Indian journal of veterinary science and animal husbandry - Volume 7,
Year: 1937
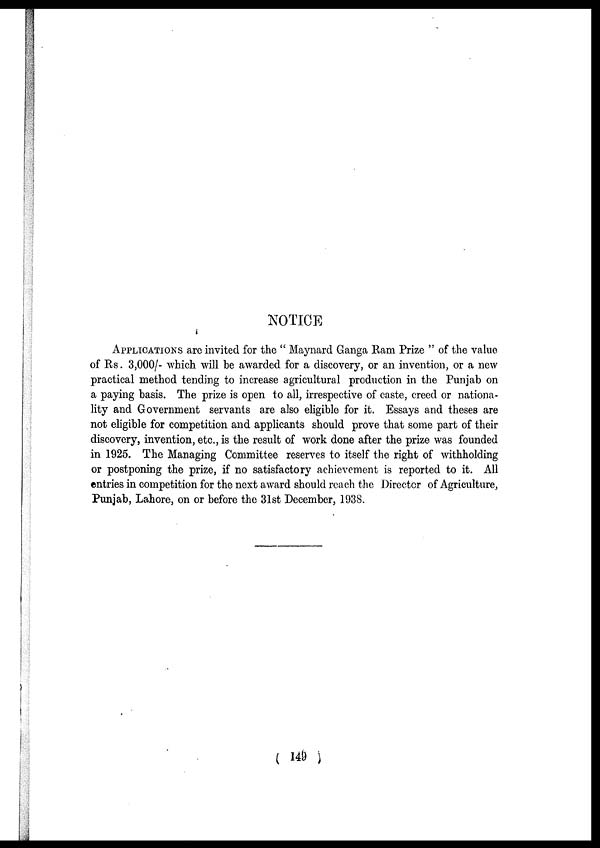
NOTICE
APPLICATIONS are invited for the " Maynard Ganga Ram Prize " of the value
of Rs. 3,000/- which will be awarded for a discovery, or an invention, or a new
practical method tending to increase agricultural production in the Punjab on
a paying basis. The prize is open to all, irrespective of caste, creed or nationa-
lity and Government servants are also eligible for it. Essays and theses are
not eligible for competition and applicants should prove that some part of their
discovery, invention, etc., is the result of work done after the prize was founded
in 1925. The Managing Committee reserves to itself the right of withholding
or postponing the prize, if no satisfactory achievement is reported to it. All
entries in competition for the next award should reach the Director of Agriculture,
Punjab, Lahore, on or before the 31st December, 1938.
( 149 )